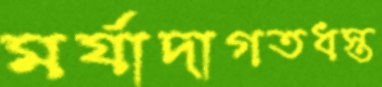
মর্যাদাগতধস্ত